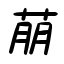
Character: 萠